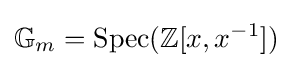
\mathbb {G} _{m}={\text{Spec}}(\mathbb {Z} [x,x^{-1}])